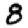
Digit: 8